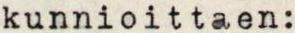
kunnioittaen: